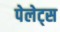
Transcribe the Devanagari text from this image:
पेलेट्स